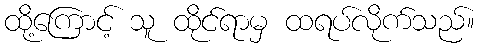
ထို့ကြောင့် သူ ထိုင်ရာမှ ထရပ်လိုက်သည်။